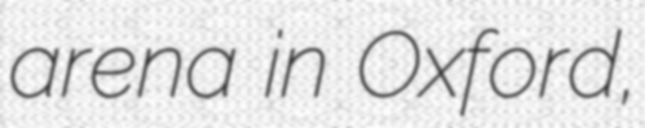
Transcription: arena in Oxford,